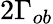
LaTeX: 2\Gamma_{ob}